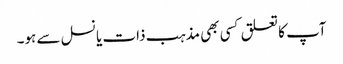
آپ کا تعلق کسی بھی مذہب ذات یا نسل سے ہو۔